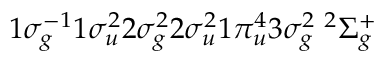
1 \sigma _ { g } ^ { - 1 } 1 \sigma _ { u } ^ { 2 } 2 \sigma _ { g } ^ { 2 } 2 \sigma _ { u } ^ { 2 } 1 \pi _ { u } ^ { 4 } 3 \sigma _ { g } ^ { 2 } \; ^ { 2 } \Sigma _ { g } ^ { + }